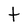
Character: t